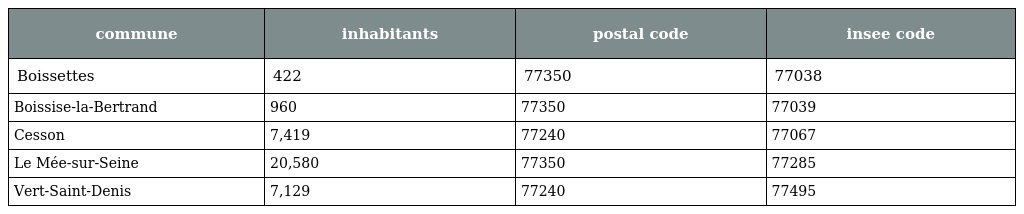
| commune | inhabitants | postal code | insee code |
 | --- | --- | --- | --- |
 | Boissettes | 422 | 77350 | 77038 |
 | Boissise-la-Bertrand | 960 | 77350 | 77039 |
 | Cesson | 7,419 | 77240 | 77067 |
 | Le Mée-sur-Seine | 20,580 | 77350 | 77285 |
 | Vert-Saint-Denis | 7,129 | 77240 | 77495 |